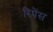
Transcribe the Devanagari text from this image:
रिपेंस